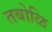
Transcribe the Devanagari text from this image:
तबोळि